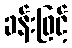
ခန်းဖြင့်